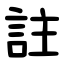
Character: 註